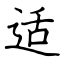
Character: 适